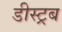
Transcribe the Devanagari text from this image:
डीस्ट्रब